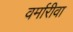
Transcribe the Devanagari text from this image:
वर्मारीवा